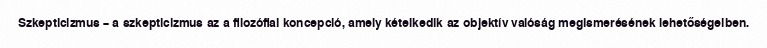
Szkepticizmus – a szkepticizmus az a filozófiai koncepció, amely kételkedik az objektív valóság megismerésének lehetőségeiben.